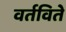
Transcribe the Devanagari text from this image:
वर्तविते